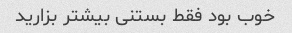
خوب بود فقط بستنی بیشتر بزارید